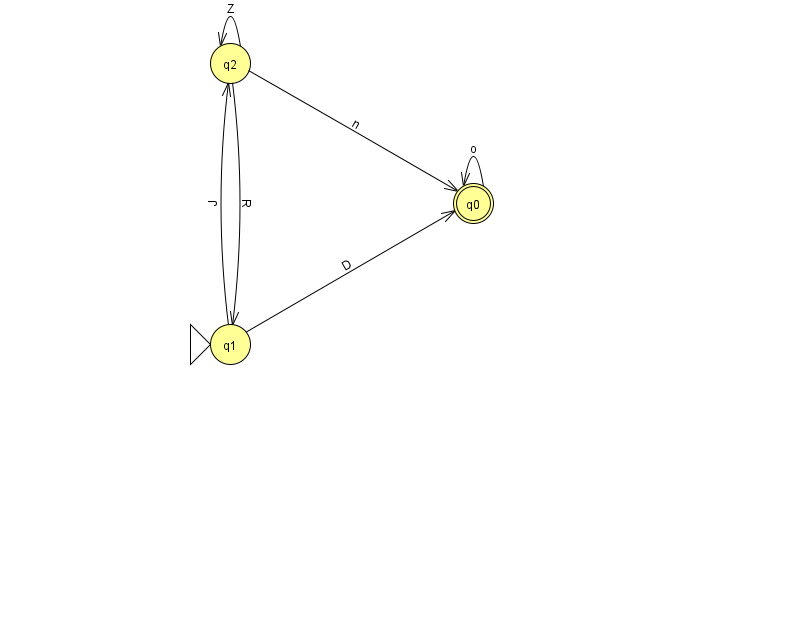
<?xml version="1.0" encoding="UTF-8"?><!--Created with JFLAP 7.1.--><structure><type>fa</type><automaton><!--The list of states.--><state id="0" name="q0"><x>473.0</x><y>190.0</y><final/></state><state id="1" name="q1"><x>230.0</x><y>331.0</y><initial/></state><state id="2" name="q2"><x>230.0</x><y>50.0</y></state><!--The list of transitions.--><transition><from>2</from><to>1</to><read>R</read></transition><transition><from>2</from><to>0</to><read>n</read></transition><transition><from>2</from><to>2</to><read>Z</read></transition><transition><from>1</from><to>2</to><read>J</read></transition><transition><from>1</from><to>0</to><read>D</read></transition><transition><from>0</from><to>0</to><read>o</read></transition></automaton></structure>